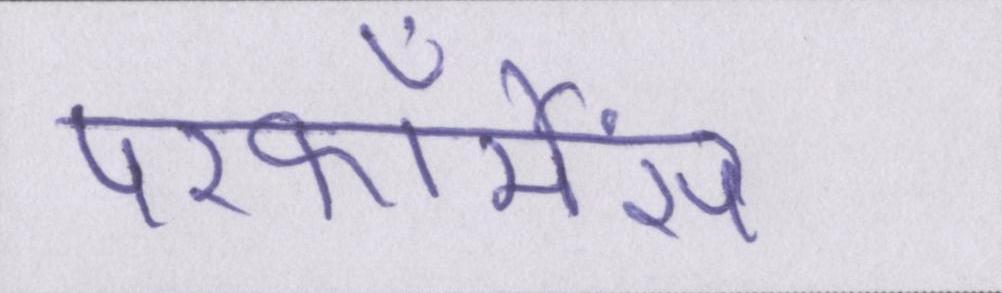
परफॉर्मेंस